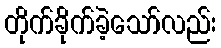
တိုက်ခိုက်ခဲ့သော်လည်း